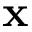
\mathbf { x }